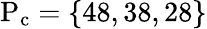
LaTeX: \mathrm{P_{c}}=\{ 48,38,28\}